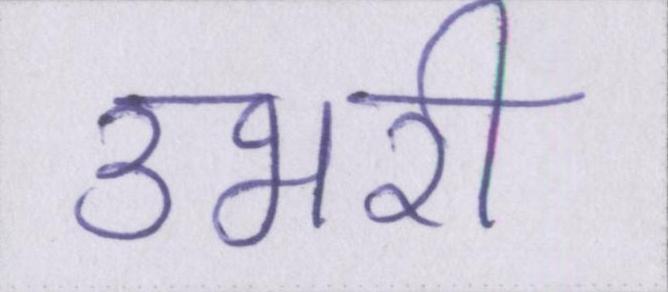
उभरी